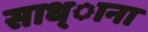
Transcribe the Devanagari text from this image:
साध्ाना